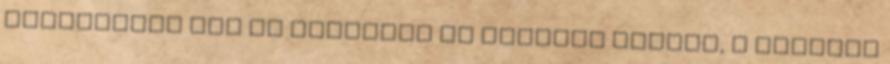
küldetésre már az animében is láttunk példát, a Kabutot